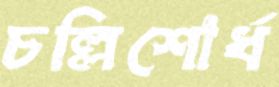
চল্লিশোর্ধ